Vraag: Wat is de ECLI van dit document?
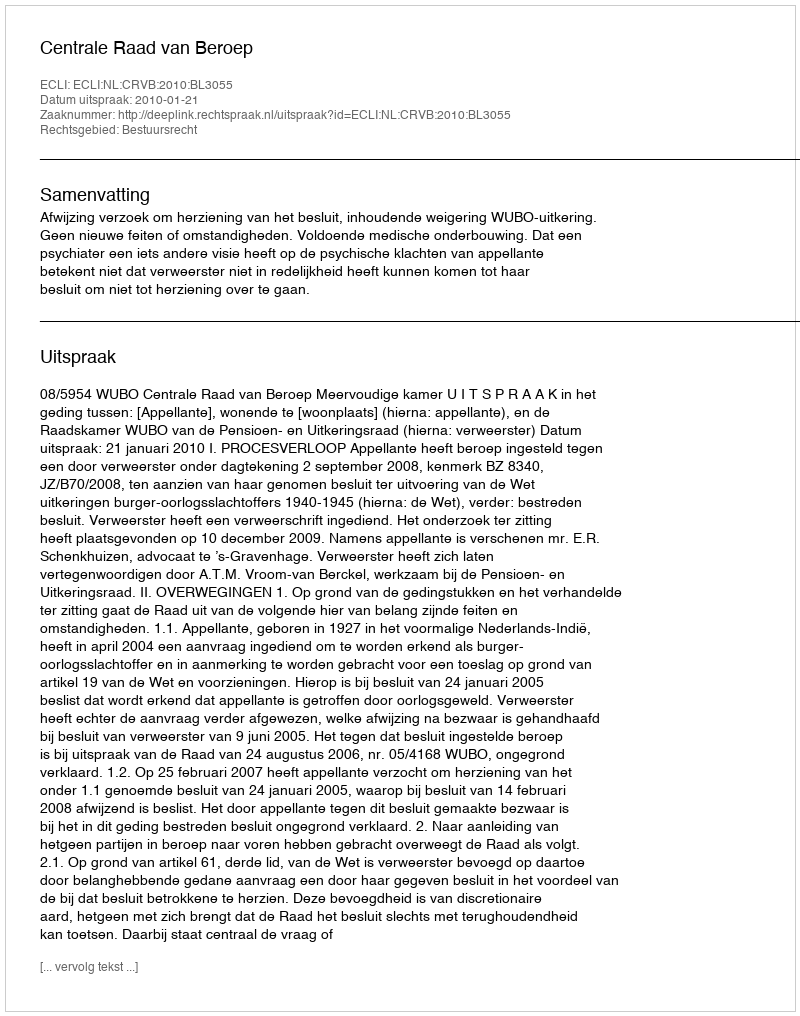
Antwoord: ECLI:NL:CRVB:2010:BL3055